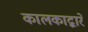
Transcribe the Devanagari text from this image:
कालकाद्वारे